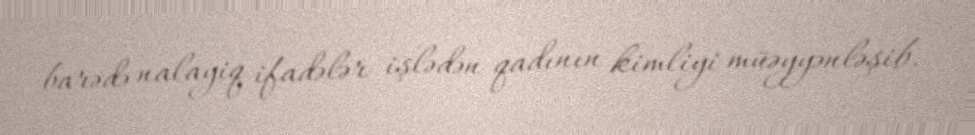
barədə nalayiq ifadələr işlədən qadının kimliyi müəyyənləşib.